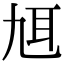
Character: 𦔱